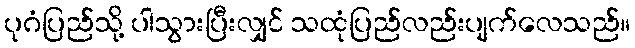
ပုဂံပြည်သို့ ပါသွားပြီးလျှင် သထုံပြည်လည်းပျက်လေသည်။